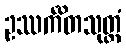
ဥဿင်္ကိတသုတ္တံ